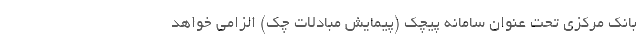
بانک مرکزی تحت عنوان سامانه پیچک (پیمایش مبادلات چک) الزامی خواهد